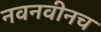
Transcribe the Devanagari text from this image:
नवनवीनच